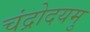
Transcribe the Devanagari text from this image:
चंद्रोदयमु